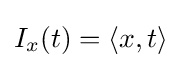
I_{x}(t)=\langle x,t\rangle